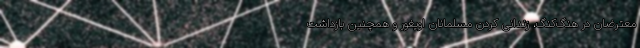
معترضان در هنگ‌کنگ، زندانی کردن مسلمانان اویغور و همچنین بازداشت